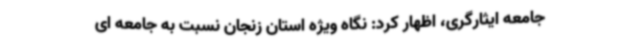
جامعه ایثارگری، اظهار کرد: نگاه ویژه استان زنجان نسبت به جامعه ای